Civil Veterinary Dept. Bombay admin report 1914-1922 - 1914-1922
Year: 1914
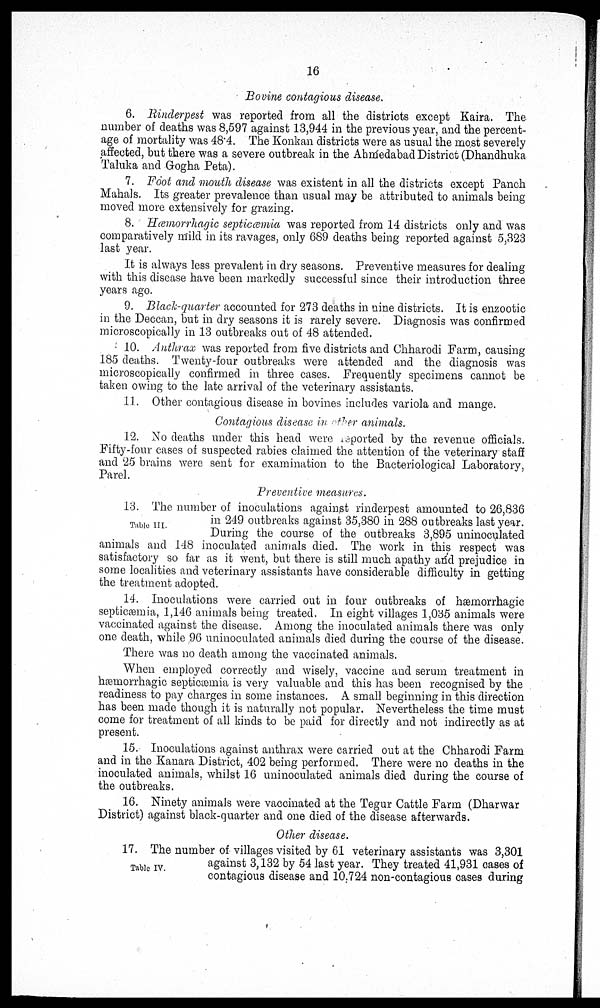
16
Bovine contagious disease.
6. Rinderpest was reported from all the districts except Kaira. The
number of deaths was 8,597 against 13,944 in the previous year, and the percent-
age of mortality was 48.4. The Konkan districts were as usual the most severely
affected, but there was a severe outbreak in the Ahmedabad District (Dhandhuka
Taluka and Gogha Peta).
7. Foot and mouth disease was existent in all the districts except Panch
Mahals. Its greater prevalence than usual may be attributed to animals being
moved more extensively for grazing.
8. Hæmorrhagic septicæmia was reported from 14 districts only and was
comparatively mild in its ravages, only 689 deaths being reported against 5,323
last year.
It is always less prevalent in dry seasons. Preventive measures for dealing
with this disease have been markedly successful since their introduction three
years ago.
9. Black-quarter accounted for 273 deaths in nine districts. It is enzootic
in the Deccan, but in dry seasons it is rarely severe. Diagnosis was confirmed
microscopically in 13 outbreaks out of 48 attended.
10. Anthrax was reported from five districts and Chharodi Farm, causing
185 deaths. Twenty-four outbreaks were attended and the diagnosis was
microscopically confirmed in three cases. Frequently specimens cannot be
taken owing to the late arrival of the veterinary assistants.
11. Other contagious disease in bovines includes variola and mange.
Contagious disease in other animals.
12. No deaths under this head were reported by the revenue officials.
Fifty-four cases of suspected rabies claimed the attention of the veterinary staff
and 25 brains were sent for examination to the Bacteriological Laboratory,
Parel.
Preventive measures.
Table III.
13. The number of inoculations against rinderpest amounted to 26,836
in 249 outbreaks against 35,380 in 288 outbreaks last year.
During the course of the outbreaks 3,895 uninoculated
animals and 148 inoculated animals died. The work in this respect was
satisfactory so far as it went, but there is still much apathy and prejudice in
some localities and veterinary assistants have considerable difficulty in getting
the treatment adopted.
14. Inoculations were carried out in four outbreaks of hæmorrhagic
septicæmia, 1,146 animals being treated. In eight villages 1,035 animals were
vaccinated against the disease. Among the inoculated animals there was only
one death, while 96 uninoculated animals died during the course of the disease.
There was no death among the vaccinated animals.
When employed correctly and wisely, vaccine and serum treatment in
hæmorrhagic septicæmia is very valuable and this has been recognised by the
readiness to pay charges in some instances. A small beginning in this direction
has been made though it is naturally not popular. Nevertheless the time must
come for treatment of all kinds to be paid for directly and not indirectly as at
present.
15. Inoculations against anthrax were carried out at the Chharodi Farm
and in the Kanara District, 402 being performed. There were no deaths in the
inoculated animals, whilst 16 uninoculated animals died during the course of
the outbreaks.
16. Ninety animals were vaccinated at the Tegur Cattle Farm (Dharwar
District) against black-quarter and one died of the disease afterwards.
Other disease.
Table IV.
17. The number of villages visited by 61 veterinary assistants was 3,301
against 3,132 by 54 last year. They treated 41,931 cases of
contagious disease and 10,724 non-contagious cases during